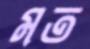
মত